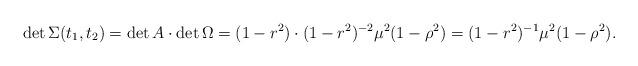
LaTeX: \begin{align*}\det\Sigma(t_{1},t_{2}) = \det{A}\cdot \det{\Omega}=(1-r^{2})\cdot (1-r^{2})^{-2}\mu^{2}(1-\rho^{2}) =(1-r^{2})^{-1}\mu^{2}(1-\rho^{2}).\end{align*}